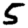
Digit: 5